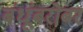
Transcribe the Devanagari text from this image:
बंधूंबरोबर